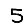
Digit: 5